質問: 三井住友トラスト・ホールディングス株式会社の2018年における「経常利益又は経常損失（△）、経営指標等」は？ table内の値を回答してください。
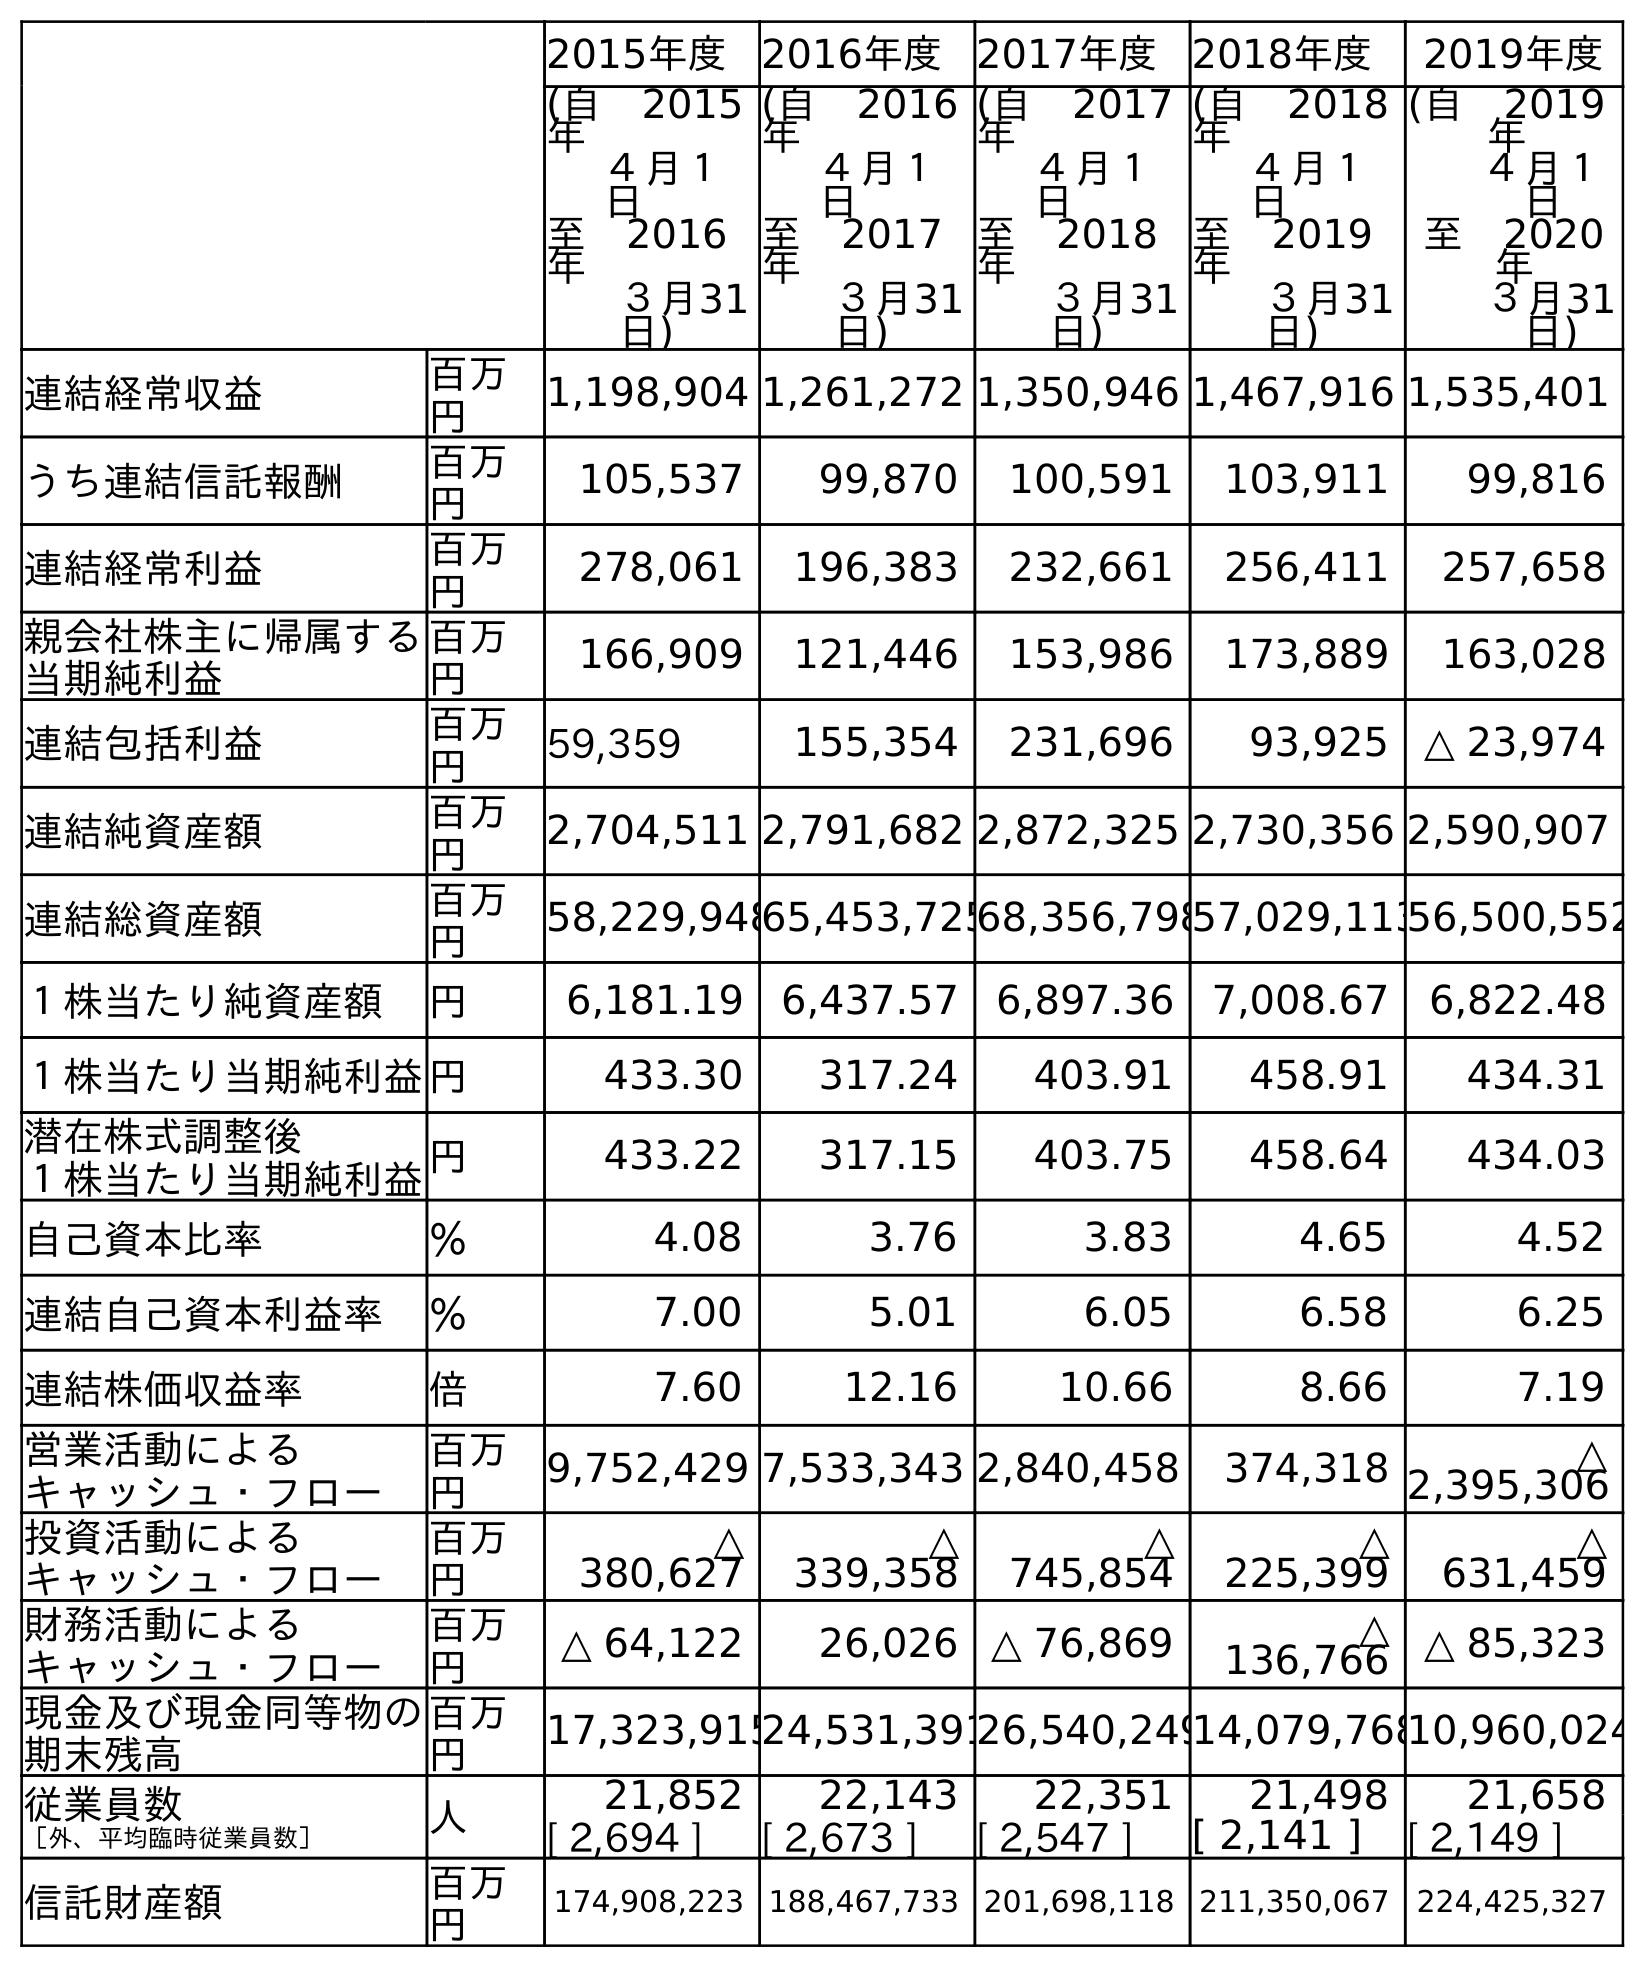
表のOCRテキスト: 2015年度 2016年度 2017年度 2018年度 2019年度 (自 2015 年 ４月１ 日 至 2016 年 ３月31 日) (自 2016 年 ４月１ 日 至 2017 年 ３月31 日) (自 2017 年 ４月１ 日 至 2018 年 ３月31 日) (自 2018 年 ４月１ 日 至 2019 年 ３月31 日) (自 2019 年 ４月１ 日 至 2020 年 ３月31 日) 連結経常収益 百万 円 1,198,904 1,261,272 1,350,946 1,467,916 1,535,401 うち連結信託報酬 百万 円 105,537 99,870 100,591 103,911 99,816 連結経常利益 百万 円 278,061 196,383 232,661 256,411 257,658 親会社株主に帰属する 当期純利益 百万 円 166,909 121,446 153,986 173,889 163,028 連結包括利益 百万 円 59,359 155,354 231,696 93,925 △ 23,974 連結純資産額 百万 円 2,704,511 2,791,682 2,872,325 2,730,356 2,590,907 連結総資産額 百万 円 58,229,94865,453,72568,356,79857,029,11356,500,552 １株当たり純資産額 円 6,181.19 6,437.57 6,897.36 7,008.67 6,822.48 １株当たり当期純利益円 433.30 317.24 403.91 458.91 434.31 潜在株式調整後 １株当たり当期純利益円 433.22 317.15 403.75 458.64 434.03 自己資本比率 ％ 4.08 3.76 3.83 4.65 4.52 連結自己資本利益率 ％ 7.00 5.01 6.05 6.58 6.25 連結株価収益率 倍 7.60 12.16 10.66 8.66 7.19 営業活動による キャッシュ・フロー 百万 円 9,752,429 7,533,343 2,840,458 374,318 △ 2,395,306 投資活動による キャッシュ・フロー 百万 円 △ 380,627 △ 339,358 △ 745,854 △ 225,399 △ 631,459 財務活動による キャッシュ・フロー 百万 円 △ 64,122 26,026 △ 76,869 △ 136,766 △ 85,323 現金及び現金同等物の 期末残高 百万 円 17,323,91524,531,39126,540,24914,079,76810,960,024 従業員数 ［外、平均臨時従業員数］ 人 21,852 22,143 22,351 21,498 21,658 [ 2,694 ] [ 2,673 ] [ 2,547 ] [ 2,141 ] [ 2,149 ] 信託財産額 百万 円 174,908,223 188,467,733 201,698,118 211,350,067 224,425,327
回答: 232,661